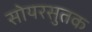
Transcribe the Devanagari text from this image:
सोयरसुतक